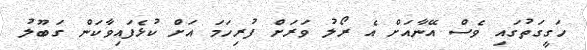
ހަގީގަތުގައި ވެސް އޭނާއަށް އެ ރޯލު ވަރަށް ފުރިހަމަ އަށް ކުޅެފައިވާކަން ގަބޫލު